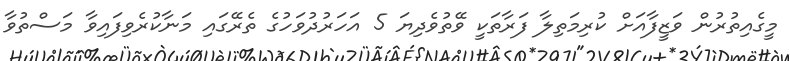
މީގެއިތުރުން ވަޒީފާއަށް ކުރިމަތިލާ ފަރާތަކީ ވޭތުވެދިޔަ 5 އަހަރުދުވަހުގެ ތެރޭގައި މަނާކުރެވިފައިވާ މަސްތުވާ